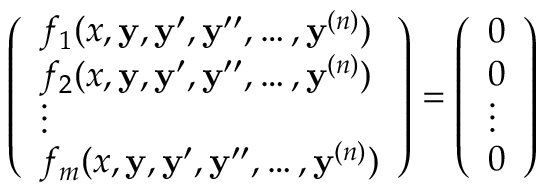
{ \left( \begin{array} { l } { f _ { 1 } ( x , \mathbf { y } , \mathbf { y } ^ { \prime } , \mathbf { y } ^ { \prime \prime } , \ldots , \mathbf { y } ^ { ( n ) } ) } \\ { f _ { 2 } ( x , \mathbf { y } , \mathbf { y } ^ { \prime } , \mathbf { y } ^ { \prime \prime } , \ldots , \mathbf { y } ^ { ( n ) } ) } \\ { \vdots } \\ { f _ { m } ( x , \mathbf { y } , \mathbf { y } ^ { \prime } , \mathbf { y } ^ { \prime \prime } , \ldots , \mathbf { y } ^ { ( n ) } ) } \end{array} \right) } = { \left( \begin{array} { l } { 0 } \\ { 0 } \\ { \vdots } \\ { 0 } \end{array} \right) }